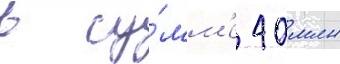
в су́мм'е 40 млн